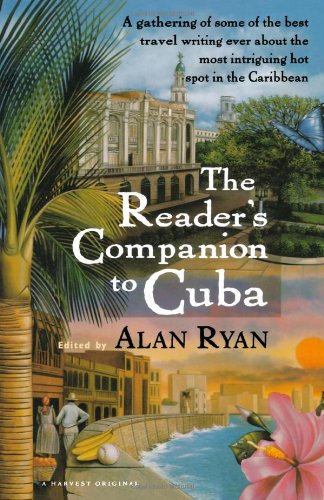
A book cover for The Reader's Companion to Cuba; Alan Ryan; Travel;